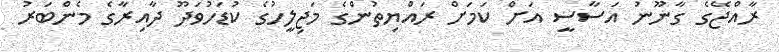
ރާއްޖޭގެ ގާނޫނު އަސާސީ އަށް ކަމަށް ރައްޔިތުންގެ މަޖިލީހުގެ ކުޑަހުވަދޫ ދާއިރާގެ މެންބަރު